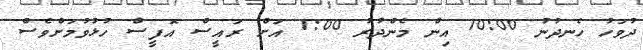
ދުވަހު ހެނދުނު 10:00 އިން މެންދުރު 1:00 އަށް ރައީސް އޮފީސް ހުޅުވުމަށްވެސް